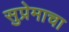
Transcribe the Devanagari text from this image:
सुप्रेमाचा